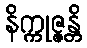
နိက္ကုဇ္ဇန္တိ